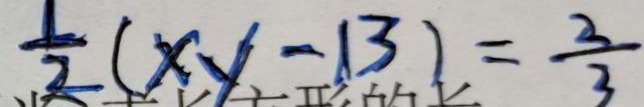
\frac { 1 } { 2 } ( x y - 1 3 ) = \frac { 2 } { 3 }